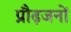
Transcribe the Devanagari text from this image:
प्रौढ़जनों